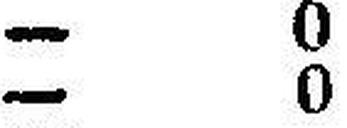
— 0